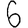
Digit: 6